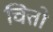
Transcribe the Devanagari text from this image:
चित्तो